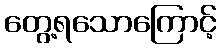
တွေ့ရသောကြောင့်